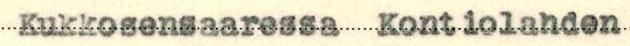
Kukkosensaaressa Kontiolahden